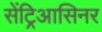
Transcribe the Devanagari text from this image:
सेंट्रिआसिनर